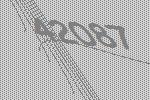
42087